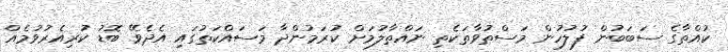
ކުއްތާގެ ސަބަބުން ފުލުހުން މަސްތުވާތަކެތި ނައްތާލުމަށް ކުރަމުންދާ މަސައްކަތުގައި އެދެވޭ ބޮޑު ކުރިއެރުވުމެއް